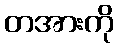
တအားကို